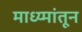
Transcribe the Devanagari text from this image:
माध्य्मांतून